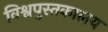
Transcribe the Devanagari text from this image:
विश्वपुस्तकालय